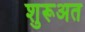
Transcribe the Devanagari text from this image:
शुरूअत